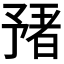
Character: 𬼻